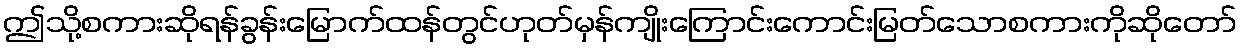
ဤသို့စကားဆိုရန်ခွန်းမြောက်ထန်တွင်ဟုတ်မှန်ကျိုးကြောင်းကောင်းမြတ်သောစကားကိုဆိုတော်